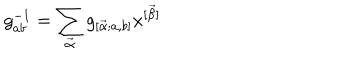
g _ { a b } ^ { - 1 } = \sum _ { \vec { \alpha } } g _ { [ \vec { \alpha } ; a , b ] } x ^ { [ \vec { \beta } ] }